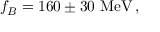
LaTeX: f _ { B } = 1 6 0 \pm 3 0 ~ \mathrm { M e V } \, ,